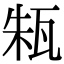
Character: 㼡